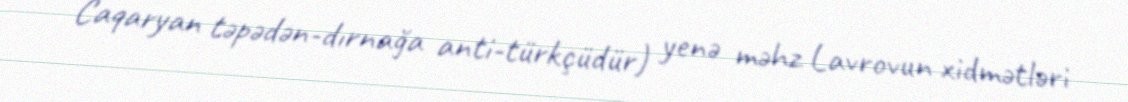
Caqaryan təpədən-dırnağa anti-türkçüdür) yenə məhz Lavrovun xidmətləri